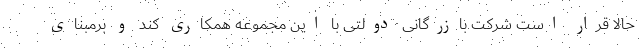
حالا قرار است شرکت بازرگانی دولتی با این مجموعه همکاری کند و برمبنای